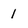
Character: 1